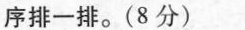
序排一排。(8分)